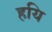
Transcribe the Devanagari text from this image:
हयि